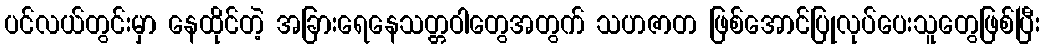
ပင်လယ်တွင်းမှာ နေထိုင်တဲ့ အခြားရေနေသတ္တဝါတွေအတွက် သဟဇာတ ဖြစ်အောင်ပြုလုပ်ပေးသူတွေဖြစ်ပြီး